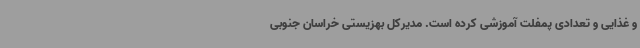
و غذایی و تعدادی پمفلت آموزشی کرده است. مدیرکل بهزیستی خراسان جنوبی